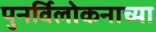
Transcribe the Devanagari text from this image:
पुनर्विलोकनाच्या